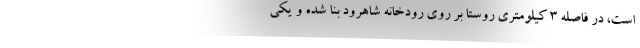
است، در فاصله ۳ کیلومتری روستا بر روی رودخانه شاهرود بنا شده و یکی